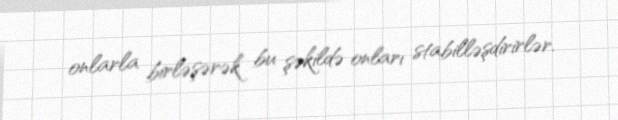
onlarla birləşərək bu şəkildə onları stabilləşdirirlər.